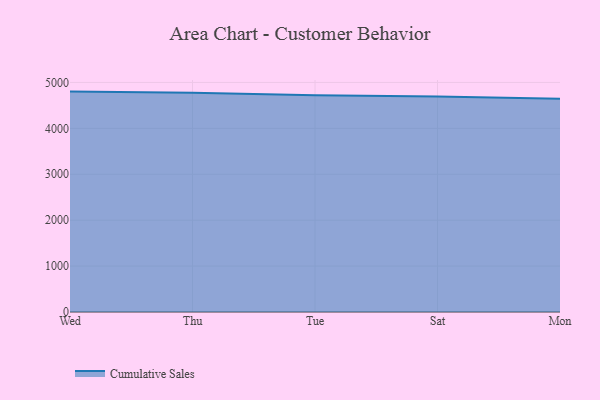
{"axis": {"x": "Day", "y": "Net Income (USD K)"}, "legend": ["Cumulative Sales"], "data": [{"x": "Wed", "y": 4800.5, "type": "Cumulative Sales"}, {"x": "Thu", "y": 4773.2, "type": "Cumulative Sales"}, {"x": "Tue", "y": 4722.9, "type": "Cumulative Sales"}, {"x": "Sat", "y": 4695.2, "type": "Cumulative Sales"}, {"x": "Mon", "y": 4644.3, "type": "Cumulative Sales"}]}